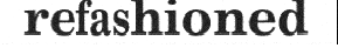
refashioned